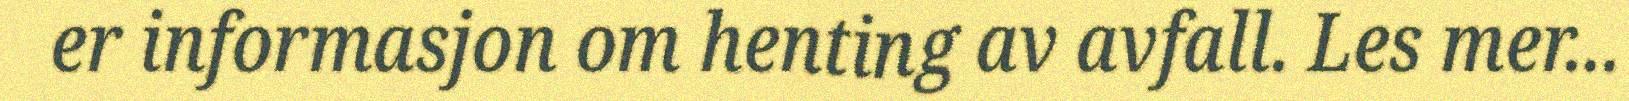
er informasjon om henting av avfall. Les mer...